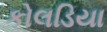
કોલડિયા